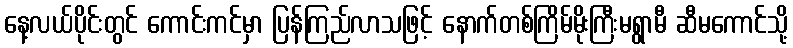
နေ့လယ်ပိုင်းတွင် ကောင်းကင်မှာ ပြန်ကြည်လာသဖြင့် နောက်တစ်ကြိမ်မိုးကြီးမရွာမီ ဆီမကောင်သို့